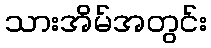
သားအိမ်အတွင်း